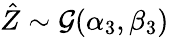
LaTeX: \hat{Z}\sim\mathcal G(\alpha_{3},\beta_{3})